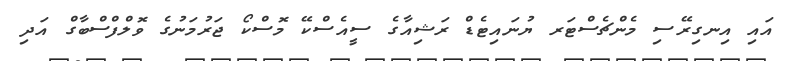
އައި އިނގިރޭސި މެންޗެސްޓަރ ޔުނައިޓެޑް ރަޝިއާގެ ސީއެސްކޭ މޮސްކޯ ޖަރުމަނުގެ ވޮލްފްސްބާގް އަދި